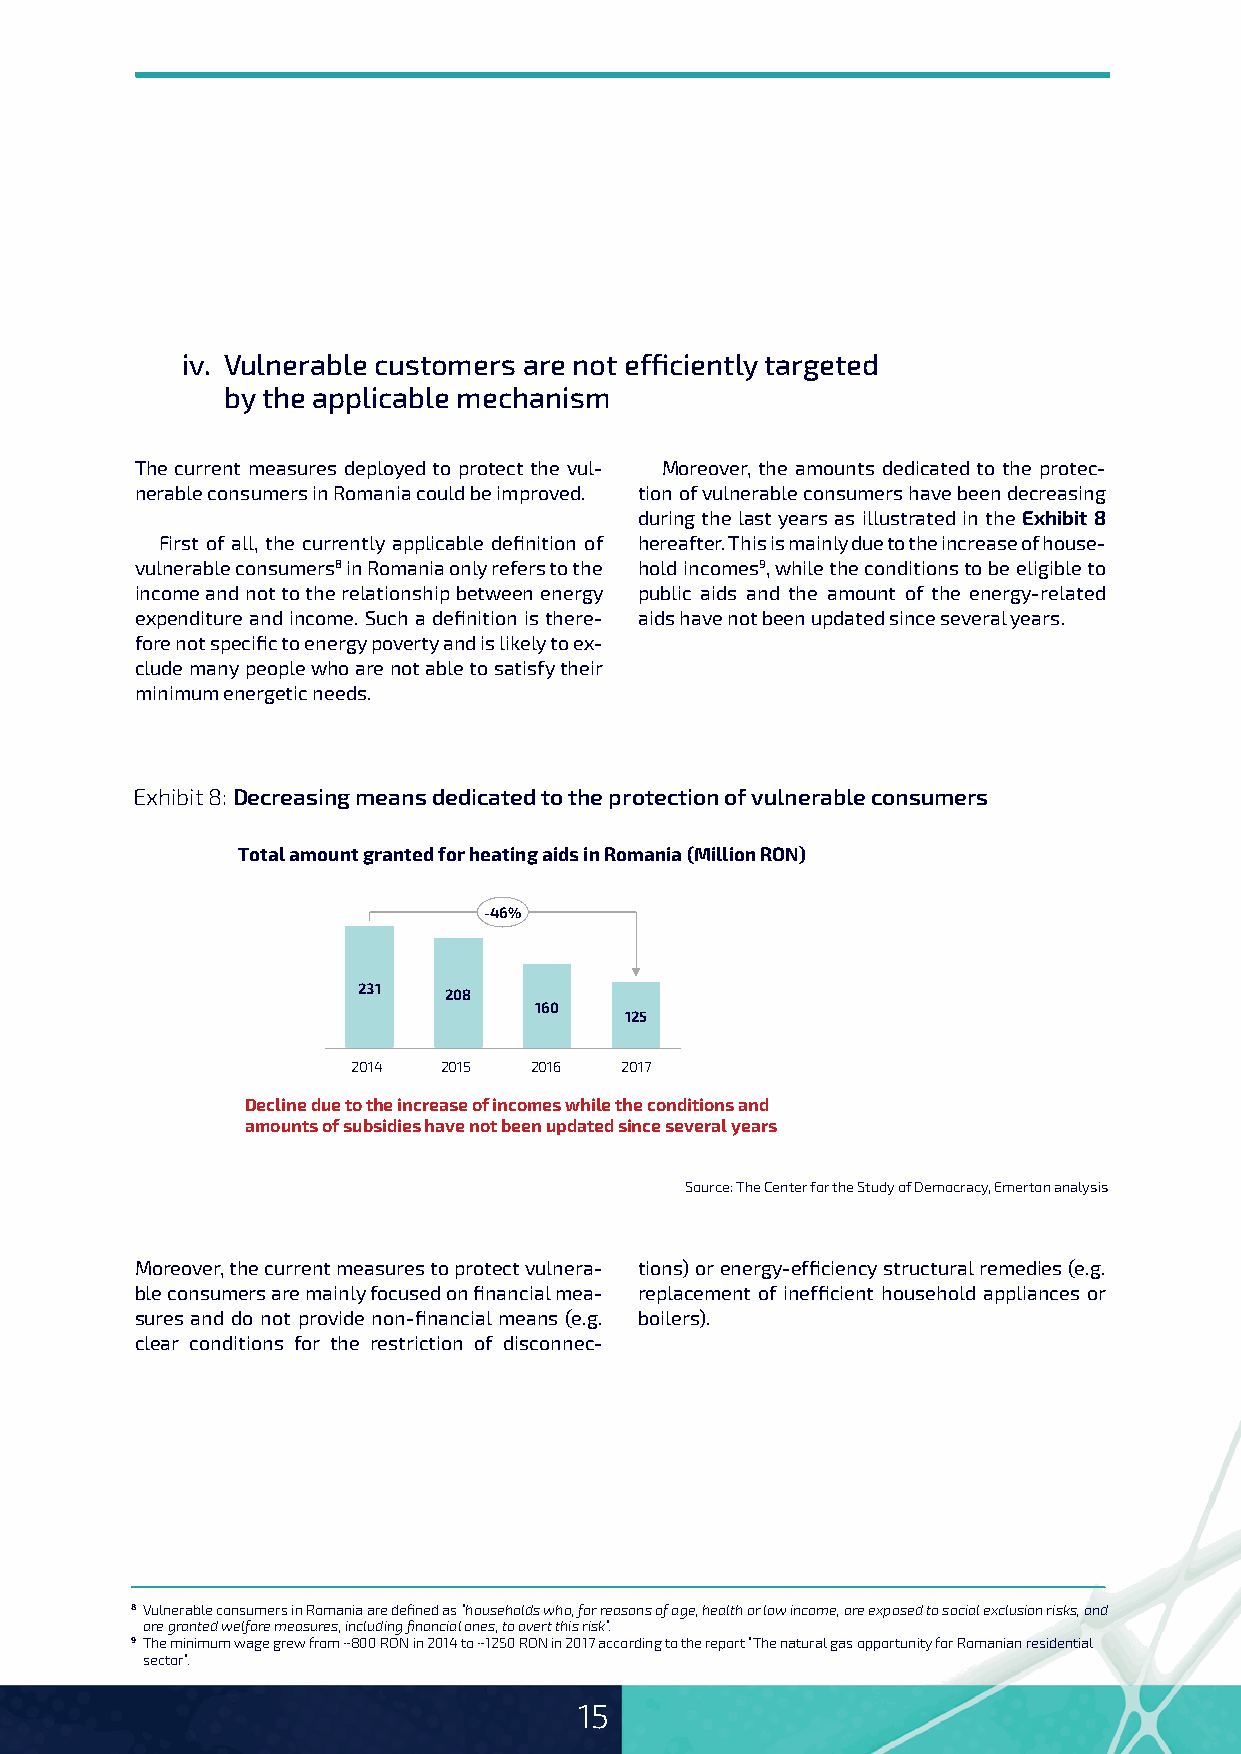
iv. Vulnerable customers are not efficiently targeted
 by the applicable mechanism
 The current measures deployed to protect the vul- Moreover, the amounts dedicated to the protec-
 nerable consumers in Romania could be improved. tion of vulnerable consumers have been decreasing
 during the last years as illustrated in the Exhibit 8
 First of all, the currently applicable definition of hereafter. This is mainly due to the increase of house-
 vulnerable consumers8 in Romania only refers to the hold incomes9, while the conditions to be eligible to
 income and not to the relationship between energy public aids and the amount of the energy-related
 expenditure and income. Such a definition is there- aids have not been updated since several years.
 fore not specific to energy poverty and is likely to ex-
 clude many people who are not able to satisfy their
 minimum energetic needs.
 Exhibit 8: Decreasing means dedicated to the protection of vulnerable consumers
 Total amount granted for heating aids in Romania (Million RON)
 -46%
 231  208
 160
 125
 2014  2015  2016  2017
 Decline due to the increase of incomes while the conditions and
 amounts of subsidies have not been updated since several years
 Source: The Center for the Study of Democracy, Emerton analysis
 Moreover, the current measures to protect vulnera- tions) or energy-efficiency structural remedies (e.g.
 ble consumers are mainly focused on financial mea- replacement of inefficient household appliances or
 sures and do not provide non-financial means (e.g. boilers).
 clear conditions for the restriction of disconnec-
 8 Vulnerable consumers in Romania are defined as “households who, for reasons of age, health or low income, are exposed to social exclusion risks, and
 are granted welfare measures, including financial ones, to avert this risk”.
 9 The minimum wage grew from ~800 RON in 2014 to ~1250 RON in 2017 according to the report “The natural gas opportunity for Romanian residential
 sector”.
 15